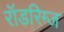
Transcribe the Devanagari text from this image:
रॉडरिग्ज